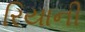
રિયાની